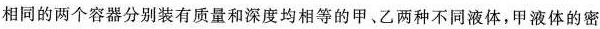
相同的两个容器分别装有质量和深度均相等的甲、乙两种不同液体，甲液体的密